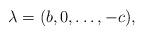
LaTeX: \begin{align*} \lambda = (b,0,\ldots,-c), \end{align*}